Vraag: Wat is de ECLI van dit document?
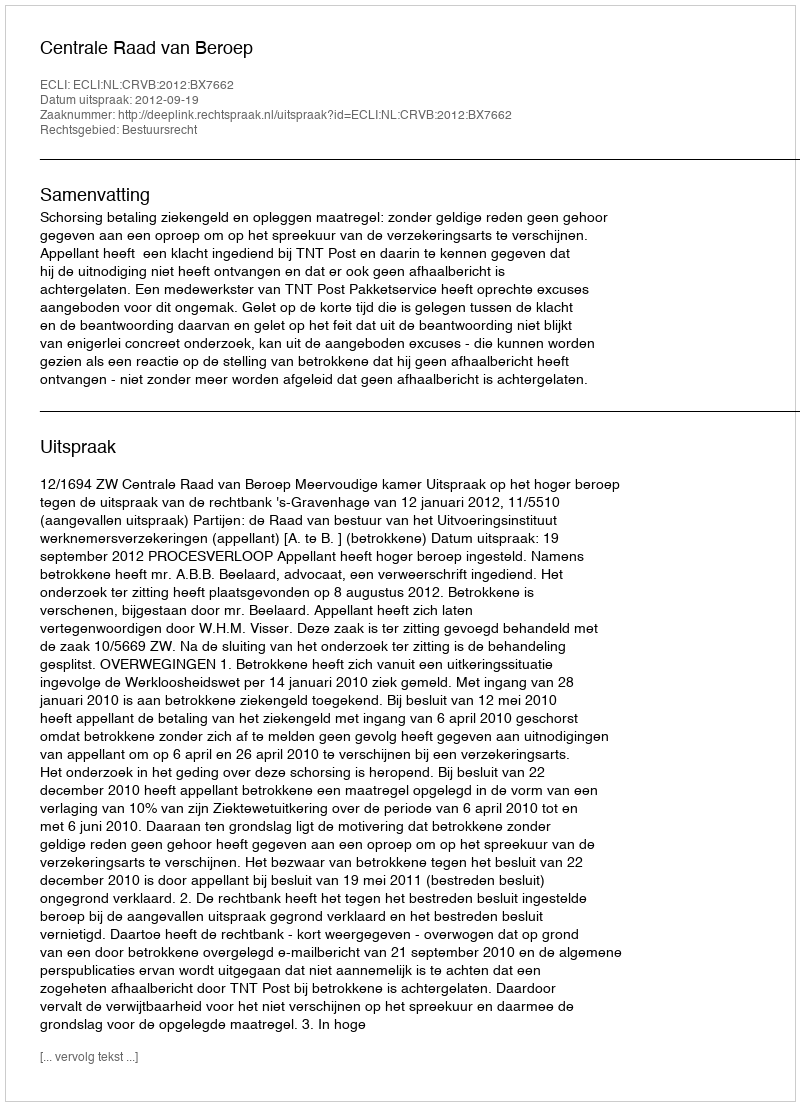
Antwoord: ECLI:NL:CRVB:2012:BX7662